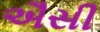
ઐસી